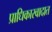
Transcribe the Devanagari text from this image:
प्राधिकारवादात